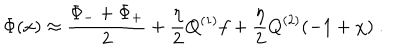
\Phi ( x ) \approx { \frac { \Phi _ { - } + \Phi _ { + } } { 2 } } + { \frac { \eta } { 2 } } Q ^ { ( 1 ) } f + { \frac { \eta } { 2 } } Q ^ { ( 2 ) } ( - 1 + \chi ) \ .